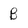
Character: B